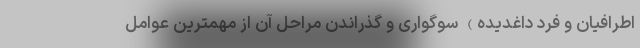
اطرافیان و فرد داغدیده) سوگواری و گذراندن مراحل آن از مهمترین عوامل